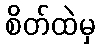
စိတ်ထဲမှ